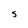
Character: S